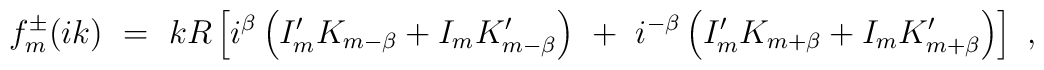
f^{\pm}_m(ik)\ =\  k R\left[ i^\beta\left(I'_m K_{m-\beta}+I_{m}K'_{m-\beta}\right)\ +\ i^{-\beta}\left(I'_m K_{m+\beta}+I_{m}K'_{m+\beta}\right)\right]\ ,